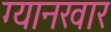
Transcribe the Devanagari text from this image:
ग्यानखार